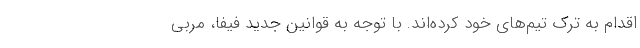
اقدام به ترک تیم‌های خود کرده‌اند. با توجه به قوانین جدید فیفا، مربی